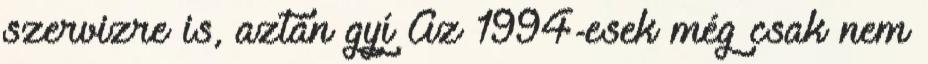
szervizre is, aztán gyí Az 1994-esek még csak nem